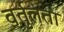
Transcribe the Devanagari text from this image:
वर्तुलता